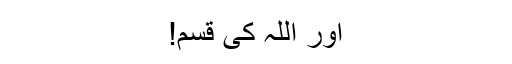
اور اللہ کی قسم!